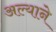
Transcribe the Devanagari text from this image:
अल्याने